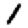
Digit: 1